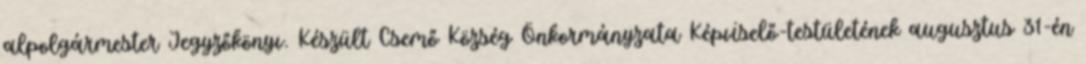
alpolgármester Jegyzőkönyv. Készült Csemő Község Önkormányzata Képviselő-testületének augusztus 31-én